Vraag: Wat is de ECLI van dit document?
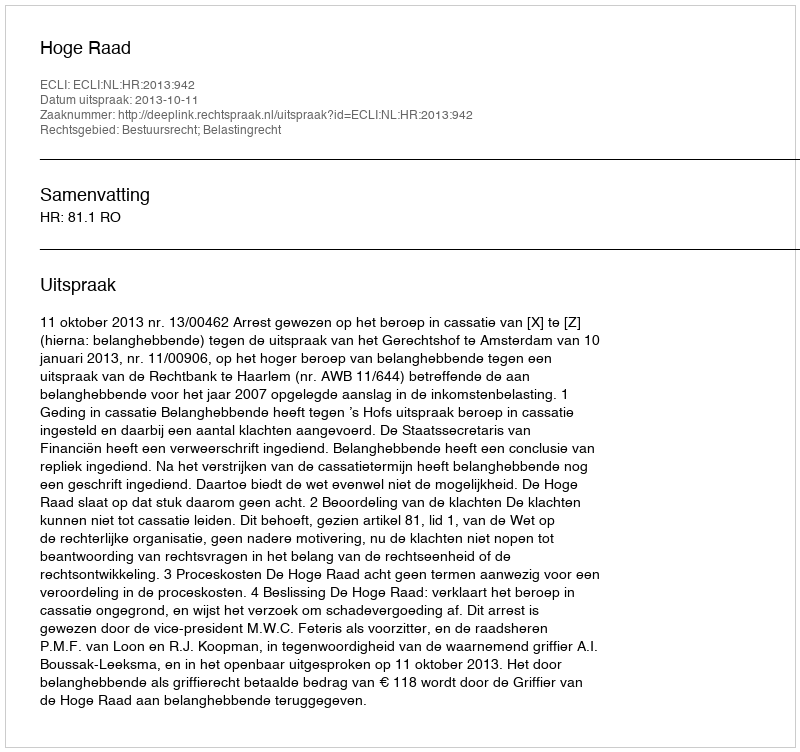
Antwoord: ECLI:NL:HR:2013:942